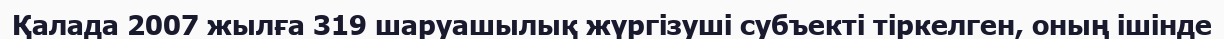
Қалада 2007 жылға 319 шаруашылық жүргізуші субъекті тіркелген, оның ішінде